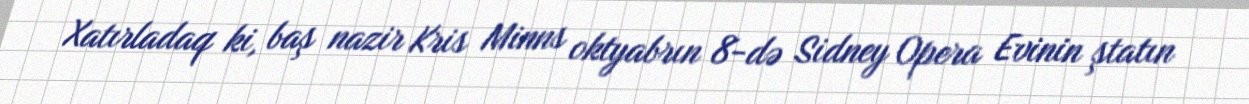
Xatırladaq ki, baş nazir Kris Minns oktyabrın 8-də Sidney Opera Evinin ştatın